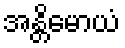
အန္တိမောယံ